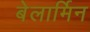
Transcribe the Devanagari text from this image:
बेलार्मिन